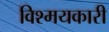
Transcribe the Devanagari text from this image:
विश्मयकारी